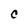
Character: C